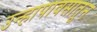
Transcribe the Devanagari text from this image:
उन्हापावसातून